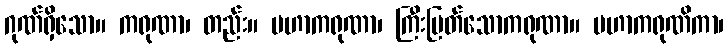
ဂုဏ်ရှိသော။ ကရုဏာ၊ တည်း။ မဟာကရုဏာ၊ ကြီးမြတ်သောကရုဏာ။ မဟာကရုဏိကာ၊